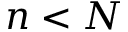
n < N